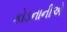
કોડનાનીએ